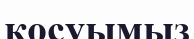
қосуымыз